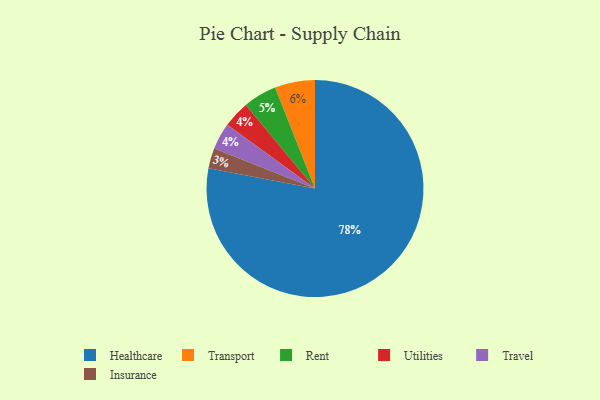
{"axis": {"x": "Category", "y": "Percentage"}, "legend": ["Healthcare", "Insurance", "Rent", "Transport", "Travel", "Utilities"], "data": [{"x": "Insurance", "y": 3, "type": "Insurance"}, {"x": "Utilities", "y": 4, "type": "Utilities"}, {"x": "Healthcare", "y": 78, "type": "Healthcare"}, {"x": "Transport", "y": 6, "type": "Transport"}, {"x": "Rent", "y": 5, "type": "Rent"}, {"x": "Travel", "y": 4, "type": "Travel"}]}